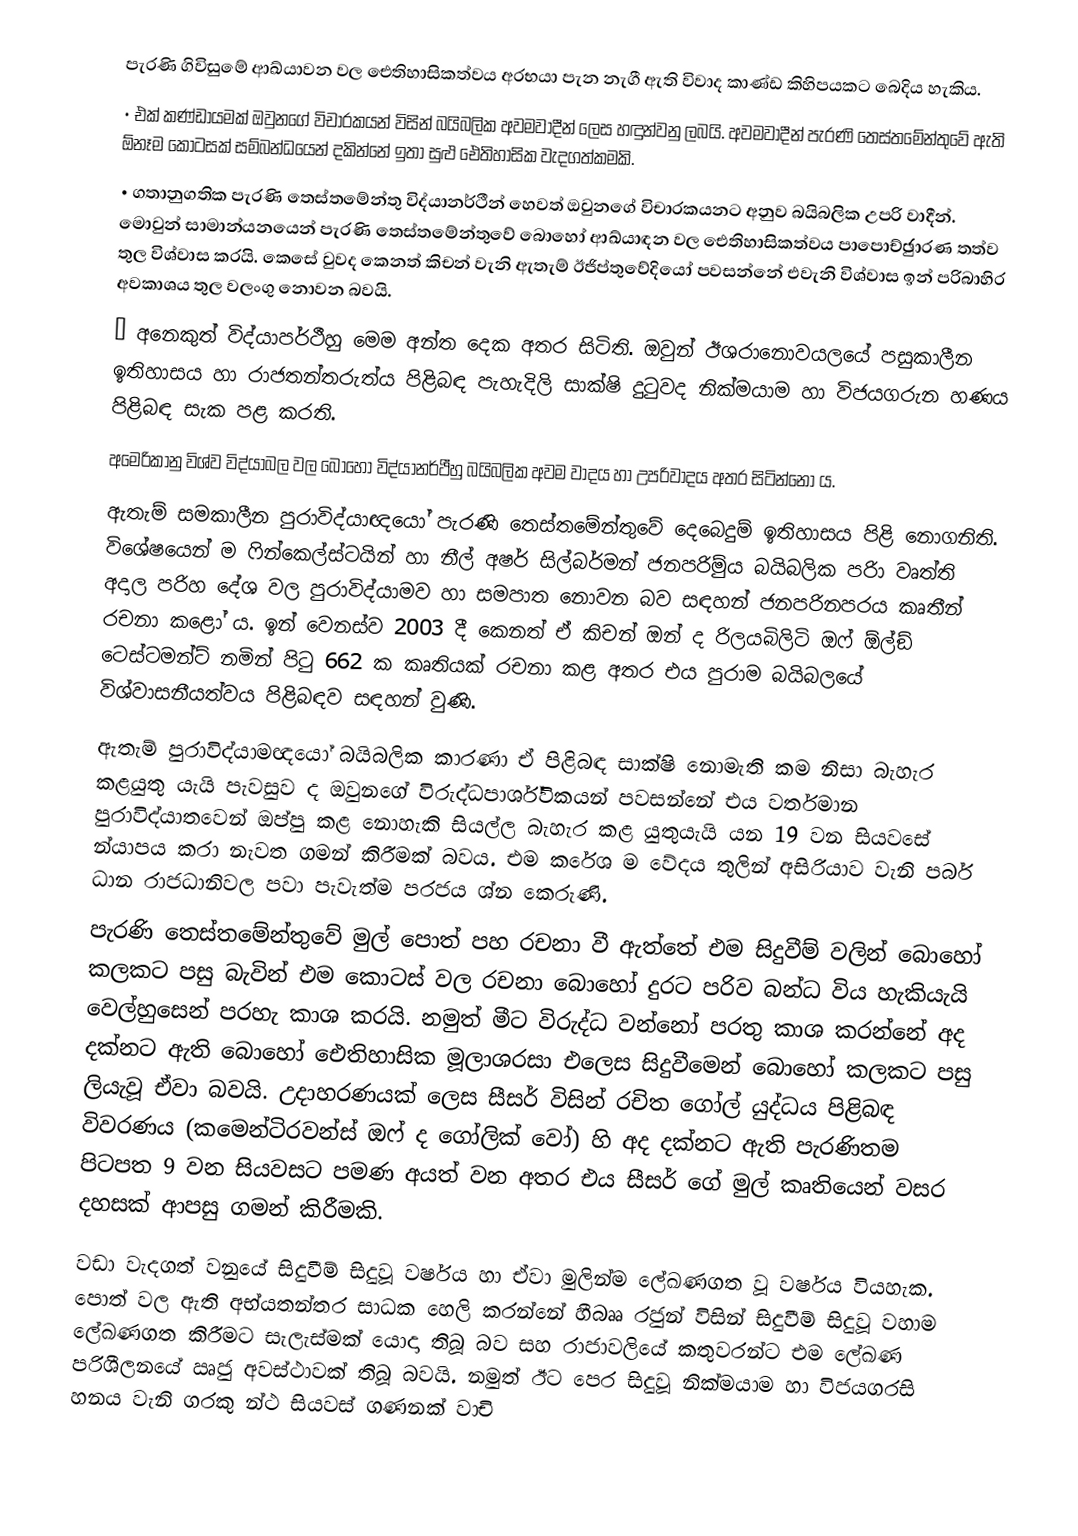
පැරණි ගිවිසුමේ ආඛ්යාවන වල ඓතිහාසිකත්වය අරභයා පැන නැගී ඇති විවාද කාණ්ඩ කිහිපයකට බෙදිය හැකිය.
•	එක් කණ්ඩායමක් ඔවුනගේ විචාරකයන් විසින් බයිබලික අවමවාදීන් ලෙස හඳුන්වනු ලබයි. අවමවාදීන් පැරණි තෙස්තමේන්තුවේ ඇති  ඕනෑම කොටසක් සම්බන්ධයෙන් දකින්නේ ඉතා සුළු ඓතිහාසික වැදගත්කමකි.
•	ගතානුගතික පැරණි තෙස්තමේන්තු විද්යානර්ථීන් හෙවත් ඔවුනගේ විචාරකයනට අනුව බයිබලික උපරි වාදීන්. මොවුන් සාමාන්යනයෙන් පැරණි තෙස්තමේන්තුවේ බොහෝ ආඛ්යාඳන වල ඓතිහාසිකත්වය පාපොච්ඡුාරණ තත්ව තුල විශ්වාස කරයි. කෙසේ වුවද කෙනත් කිචන් වැනි ඇතැම් ඊජිප්තුවේදියෝ පවසන්නේ එවැනි විශ්වාස ඉන් පරිබාහිර අවකාශය තුල වලංගු නොවන බවයි.
•	අනෙකුත් විද්යාපර්ථීහු මෙම අන්ත දෙක අතර සිටිති. ඔවුන් ඊශරානොවයලයේ පසුකාලීන ඉතිහාසය හා රාජතන්තරුත්ය පිළිබඳ පැහැදිලි සාක්ෂි දුටුවද නික්මයාම හා විජයගරුන හණය පිළිබඳ සැක පළ කරති.
අමෙරිකානු විශ්ව විද්යාබල වල බොහෝ විද්යානර්ථීහු බයිබලික අවම වාදය හා උපරිවාදය අතර සිටින්නෝ ය.
ඇතැම් සමකාලීන පුරාවිද්යා‍ඥයෝ පැරණි තෙස්තමේන්තුවේ දෙබෙදුම් ඉතිහාසය පිළි නොගනිති. විශේෂයෙන් ම ෆින්කෙල්ස්ටයින් හා නීල් අෂර් සිල්බර්මන් ජනපරිුම්ය බයිබලික පරිා වෘත්ති අදාල පරිහ දේශ වල පුරාවිද්යාමව හා සමපාත නොවන බව සඳහන් ජනපරිනපරය කෘතීන් රචනා කළෝ ය. ඉන් වෙනස්ව 2003 දී කෙනත් ඒ කිචන් ඔන් ද රිලයබිලිටි ඔෆ්  ඕල්ඞ් ටෙස්ටමන්ට් නමින් පිටු 662 ක කෘතියක් රචනා කළ අතර එය පුරාම බයිබලයේ විශ්වාසනීයත්වය පිළිබඳව සඳහන් වුණි.
ඇතැම් පුරාවිද්යාමඥයෝ බයිබලික කාරණා ඒ පිළිබඳ සාක්ෂි නොමැති කම නිසා බැහැර කළයුතු යැයි පැවසුව ද ඔවුනගේ විරුද්ධපාර්ශ්විකයන් පවසන්නේ එය වර්තමාන පුරාවිද්යාතවෙන් ඔප්පු කළ නොහැකි සියල්ල බැහැර කළ යුතුයැයි යන 19 වන සියවසේ න්යාපය කරා නැවත ගමන් කිරීමක් බවය. එම කරේශ ම වේදය තුලින් අසිරියාව වැනි පර්බ ධාන රාජධානිවල පවා පැවැත්ම පරජය ශ්න කෙරුණි.
පැරණි තෙස්තමේන්තුවේ මුල් පොත් පහ රචනා වී ඇත්තේ එම සිදුවීම් වලින් බොහෝ කලකට පසු බැවින් එම කොටස් වල රචනා බොහෝ දුරට පරිව බන්ධ විය හැකියැයි වෙල්හුසෙන් පරහැ කාශ කරයි. නමුත් මීට විරුද්ධ වන්නෝ පරතු කාශ කරන්නේ අද දක්නට ඇති බොහෝ ඓතිහාසික මූලාශරසා  එලෙස සිදුවීමෙන් බොහෝ කලකට පසු ලියැවූ ඒවා බවයි. උදාහරණයක් ලෙස සීසර් විසින් රචිත ගෝල් යුද්ධය පිළිබඳ විවරණය (කමෙන්ටිරවන්ස් ඔෆ් ද ගෝලික් වෝ) හි අද දක්නට ඇති පැරණිතම පිටපත 9 වන සියවසට පමණ අයත් වන අතර එය සීසර් ගේ මුල් කෘතියෙන් වසර දහසක් ආපසු ගමන් කිරීමකි.
වඩා වැදගත් වනුයේ සිදුවීම් සිදුවූ වර්ෂය හා ඒවා මුලින්ම ලේඛණගත වූ වර්ෂය වියහැක. පොත් වල ඇති අභ්යතන්තර සාධක හෙලි කරන්නේ හීබෲ රජුන් විසින් සිදුවීම් සිදුවූ වහාම ලේඛණගත කිරීමට සැලැස්මක් යොදා තිබූ බව සහ රාජාවලියේ කතුවරන්ට එම ලේඛණ පරිශීලනයේ ඍජු අවස්ථාවක් තිබූ බවයි. නමුත් ඊට පෙර සිදුවූ නික්මයාම හා විජයගරසි හනය වැනි ගරකු න්ථ සියවස් ගණනක් වාචි